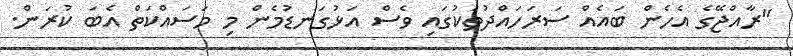
"ރާއްޖޭގެ އެހެން ބައެއް ސަރަހައްދުތަކުގައި ވެސް އަޅުގަނޑުމެން މި މަސައްކަތް އެބަ ކުރަން.